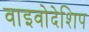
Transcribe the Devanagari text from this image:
वाइवोदेशिप